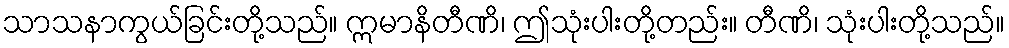
သာသနာကွယ်ခြင်းတို့သည်။ ဣမာနိတီဏိ၊ ဤသုံးပါးတို့တည်း။ တီဏိ၊ သုံးပါးတို့သည်။